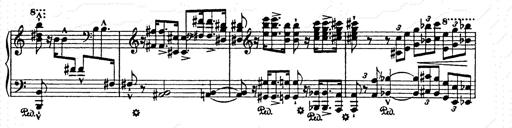
Title: AnnÃ©es de pÃ¨lerinage II
Composer: Franz Liszt